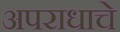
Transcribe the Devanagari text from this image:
अपराधाचे